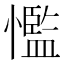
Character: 懢